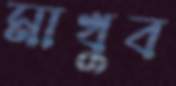
মাখুব